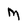
Character: M